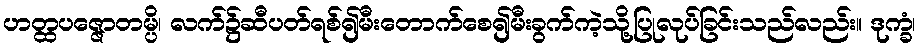
ဟတ္ထပဇ္ဇောတမ္ပိ၊ လက်၌ဆီပတ်ရစ်၍မီးတောက်စေ၍မီးခွက်ကဲ့သို့ပြုလုပ်ခြင်းသည်လည်း။ ဒုက္ခံ၊